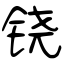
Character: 铙